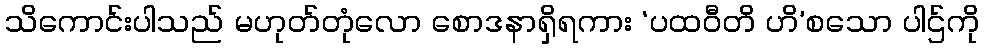
သိကောင်းပါသည် မဟုတ်တုံလော စောဒနာရှိရကား ‘ပထဝီတိ ဟိ’စသော ပါဌ်ကို